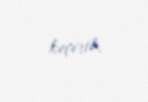
keçirib.